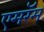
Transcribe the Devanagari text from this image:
एमरॅम